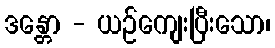
ဒန္တော - ယဉ်ကျေးပြီးသော၊